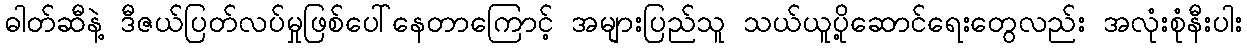
ဓါတ်ဆီနဲ့ ဒီဇယ်ပြတ်လပ်မှုဖြစ်ပေါ်နေတာကြောင့် အများပြည်သူ သယ်ယူပို့ဆောင်ရေးတွေလည်း အလုံးစုံနီးပါး